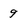
Character: 9